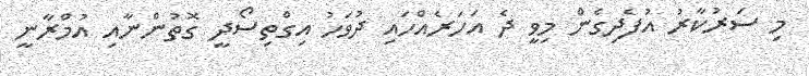
މި ސަރުކާރު އުފެދިގެން މިވީ ދެ އަހަރެއްހައި ދުވަހު އިގްތިސޯދީ ގޮތުންނާއި އުމްރާނީ